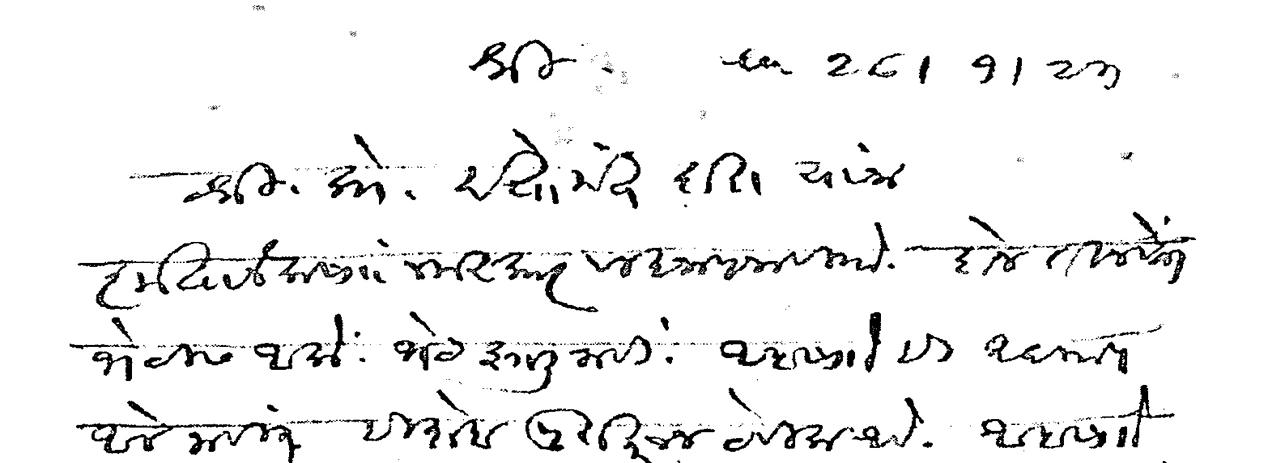
Transliteration (Devanagari): ता २८/१/२३ श्री श्री प्रो दत्तोपंत दादा यांना कृतानेक सा नमस्कार विज्ञापना वि दोन तीन वेळा भेटीस आलो भेट झाली नाही आबासों ही अद्याप आले नाहीत हिशेब पुरा करून ठेविला आहे आबा सो